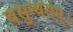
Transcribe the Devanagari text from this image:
वसुन्धराम्।